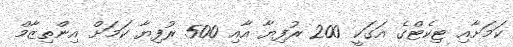
ކަމަށާއި ޓިކެޓްގެ އަގަކީ 200 ރުފިޔާ އާއި 500 ރުފިޔާ ކަމަށް އިންތިޒާމް